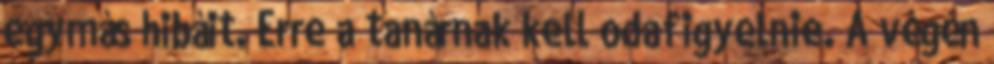
egymás hibáit. Erre a tanárnak kell odafigyelnie. A végén